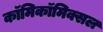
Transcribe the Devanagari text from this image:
काॅमिकॉमिक्सल